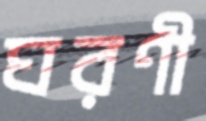
ঘরণী